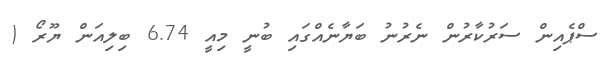
ސްޕެއިން ސަރުކާރުން ނެރުނު ބަޔާނެއްގައި ބުނީ މިއީ 6.74 ބިލިއަން ޔޫރޯ (